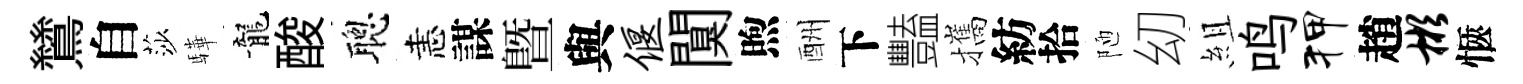
鷥自莎驊龍酸聰恚謀暨與偃闃煦酬下豔攜紡拾陋㓜組鸣狎趙彬愜